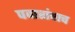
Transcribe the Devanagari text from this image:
पवारांचाच